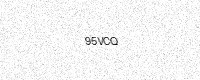
Text: 95VCQ